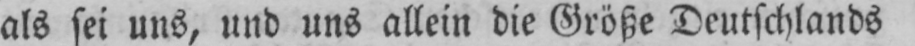
als sei uns, und uns allein die Größe Deutschlands